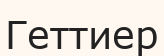
Геттиер